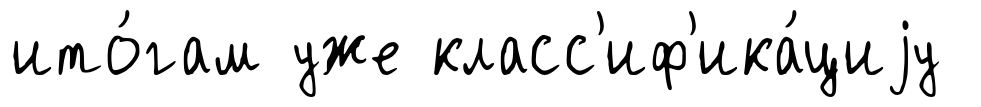
ито́гам уже класс'иф'ика́циjу